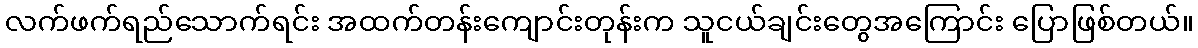
လက်ဖက်ရည်သောက်ရင်း အထက်တန်းကျောင်းတုန်းက သူငယ်ချင်းတွေအကြောင်း ပြောဖြစ်တယ်။